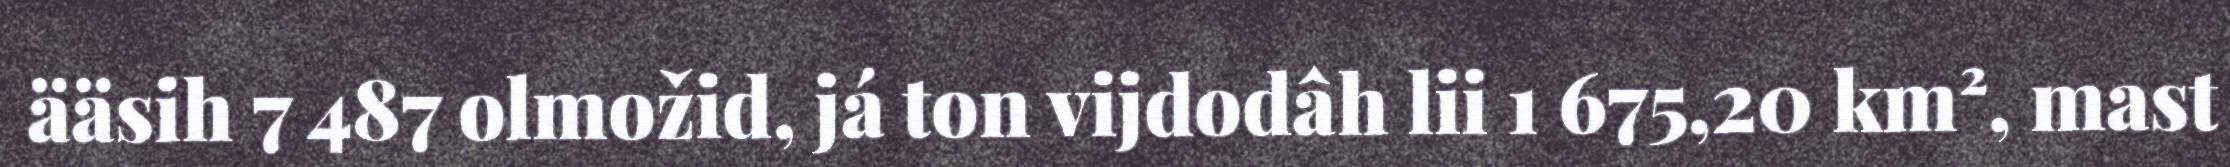
ääsih 7 487 olmožid, já ton vijdodâh lii 1 675,20 km², mast